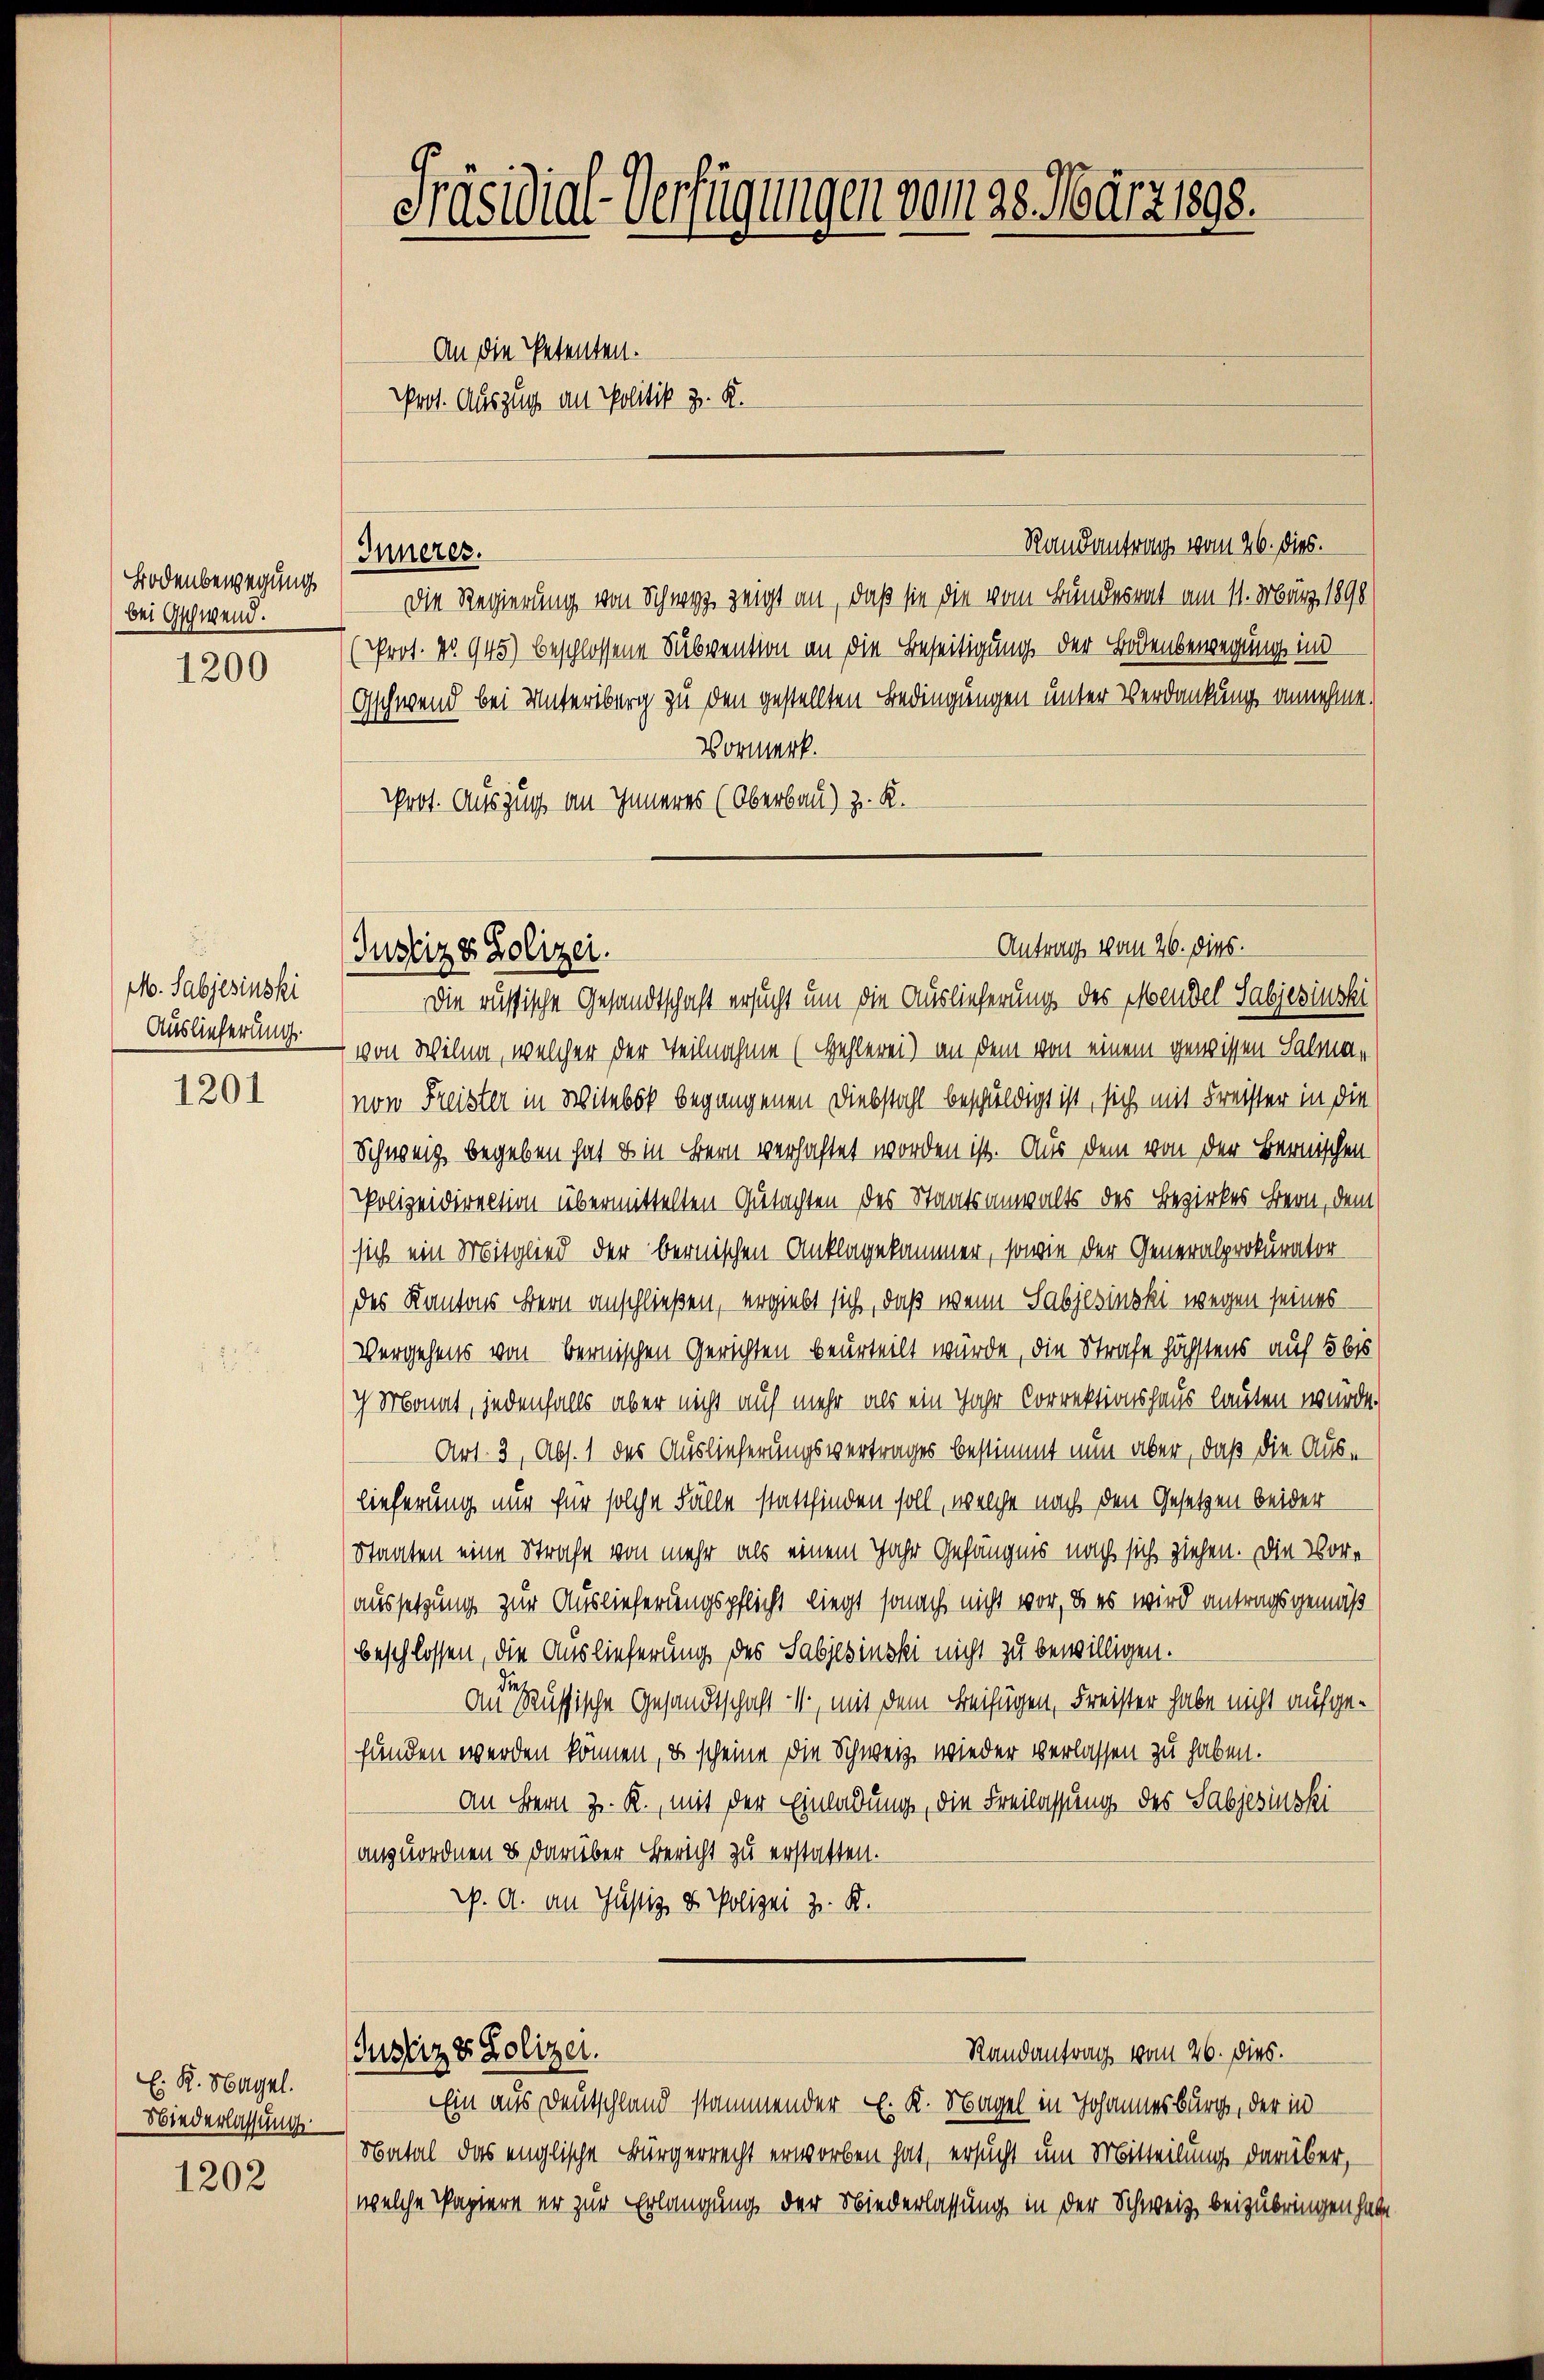
Bodenbewegung
bei Gschwein.

1200

M. Sabjesinski
Auslieferung.

1201

E: K. Mayrl.
Niederlassung

1202

Die Regierung von Schwyz zeigt an, daß sie die vom Bundesrat am 11. März 1890
(Prot. No. 945) beschlossene Subvention an die Beseitigung der Bodenbewegung in
Gschwend bei Untersburg zu den gestellten Bedingungen unter Verdankung annehme.
Vormerk.
Prot. Auszug an Inneres (Oberbau) z. K.

Präsidial-Verfügungen vom 28. März 1898.
An die Petenten.
Prot. Auszug an Politik z. K.

Inneres.

Randantrag vom 26. dies.

Antrag vom 26. dies.
Justiz & Polizei.
Die russische Gesandtschaft ersucht um die Auslieferung des Mendel Sabjesiuski

(Justiz & Polizei.

Randantrag vom 26. dies.

von Wina, welcher der Teilnahme (Hehlerei) an dem von einem gewissen Salma-
von Freister in Witbor begangenen Diebstahl beschuldigt ist, sich mit Freister in die
Schweiz begeben hat es in Bern verhaftet worden ist. Aus dem von der Bernischen
Polizeidirection übermittelten Gutachten des Staatsanwalts des Bezirkes Bern, dem
sich ein Mitglied der bernischen Anklagekammer, sowie der Generalprokurator
des Kantons Bern anschließen, ergiebt sich, daß wenn Sabjesinski wegen seines
Vergehens von bernischen Gerichten beurteilt würde, die Strafe höchstens auf 5 bis
ch Monat, jedenfalls aber nicht auf mehr als ein Jahr Correktionshaus lauten wurde.
Art. 3, Abs. 1 des Auslieferungsvertrages bestimmt nun aber, daß die Auslieferung nur für solche Fälle stattfinden soll, welche nach den Gesetzen beider
Staaten eine Strafe von mehr als einem Jahr Gefängnis nach sich ziehen. Die Voraussetzung zur Auslieferungspflicht liegt sonach nicht vor, da es wird antragsgemäß
beschlossen, die Auslieferung des Sabjesinski nicht zu bewilligen.
Aus er aussische Gesandtschaft 1, mit dem Beifügen, Freister habe nicht aufgefunden werden können, es scheine die Schweiz wieder verlassen zu haben.
an Bern z. R., mit der Einladung, die Freilassung des Sabjesiuski
(anzuordnen & darüber Bericht zu erstatten.
p. A. an Justiz & Polizei z. K.

Ein aus Deutschland stammender L. K. Nagel in Johannesburg, der in
Natal das englische Bürgerrecht erworben hat, ersucht um Mitteilung darüber,
welche Papiere er zur Erlangung der Niederlassung in der Schweiz beizubringen habe.